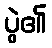
ပွဲ၏